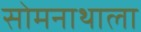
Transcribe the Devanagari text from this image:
सोमनाथाला